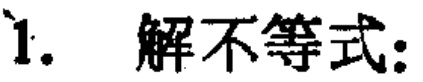
1. 解不等式：